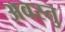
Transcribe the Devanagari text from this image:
अवस्तु